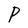
Character: P